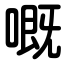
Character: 嘅